Reports on military cantonments and civil stations in the Presidency of Bombay inspected by the Sanitary Commissioner in the years 1875 and 1876
Year: 1875
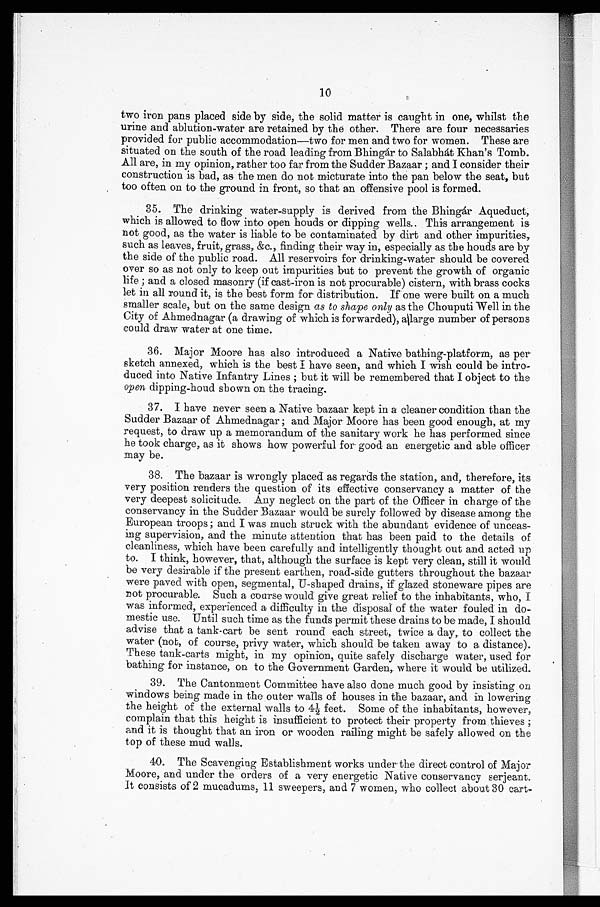
10
two iron pans placed side by side, the solid matter is caught in one, whilst the
urine and ablution-water are retained by the other. There are four necessaries
provided for public accommodation—two for men and two for women. These are
situated on the south of the road leading from Bhingar to Salabha Khan's Tomb.
All are, in my opinion, rather too far from the Sudder Bazaar ; and I consider their
construction is bad, as the men do not micturate into the pan below the seat, but
too often on to the ground in front, so that an offensive pool is formed.
35. The drinking water-supply is derived from the Bhingar Aqueduct,
which is allowed to flow into open houds or dipping wells.. This arrangement is
not good, as the water is liable to be contaminated by dirt and other impurities,
such as leaves, fruit, grass, &c., finding their way in, especially as the houds are by
the side of the public road. All reservoirs for drinking-water should be covered
over so as not only to keep out impurities but to prevent the growth of organic
life ; and a closed masonry (if cast-iron is not procurable) cistern, with brass cocks
let in all round it, is the best form for distribution. If' one were built on a much
smaller scale, but on the same design as to shape only as the Chouputi Well in the
City of Ahmednagar (a drawing of which is forwarded), allarge number of persons
could draw water at one time.
36. Major Moore has also introduced a Native bathing-platform, as per
sketch annexed, which is the best I have seen, and which I wish could be intro-
duced into Native Infantry Lines ; but it will be remembered that I object to the
open dipping-houd shown on the tracing.
37. I have never seen a Native bazaar kept in a cleaner condition than the
Sudder Bazaar of Ahmednagar ; and Major Moore has been good enough, at my
request, to draw up a memorandum of the sanitary work he has performed since
he took charge, as it shows how powerful for good an energetic and able officer
may be.
38. The bazaar is wrongly placed as regards the station, and, therefore, its
very position renders the question of its effective conservancy a matter of the
very deepest solicitude. Any neglect on the part of the Officer in charge of the
conservancy in the Sudder Bazaar would be surely followed by disease among the
European troops ; and I was much struck with the abundant evidence of unceas-
ing supervision, and the minute attention that has been paid to the details of
cleanliness, which have been carefully and intelligently thought out and acted up
to. I think, however, that, although the surface is kept very clean, still it would
be very desirable if the present earthen, road-side gutters throughout the bazaar
were paved with open, segmental, U-shaped drains, if glazed stoneware pipes are
not procurable. Such a course would give great relief to the inhabitants, who,
I
was informed, experienced a difficulty in the disposal of the water fouled in do-
mestic use. Until such time as the funds permit these drains to be made, I should
advise that a tank-cart be sent round each street, twice a day, to collect the
water (not, of course, privy water, which should be taken away to a distance).
These tank-carts might, in my opinion, quite safely discharge water, used for
bathing for instance, on to the Government Garden, where it would be utilized.
39. The Cantonment Committee have also done much good by insisting on
windows being made in the outer walls of houses in the bazaar, and in lowering
the height of the external walls to 4½ feet. Some of the inhabitants, however,
complain that this height is insufficient to protect their property from thieves ;
and it is thought that an iron or wooden railing might be safely allowed on the
top of these mud walls.
40. The Scavenging Establishment works under the direct control of Major
Moore, and under the orders of a very energetic Native conservancy serjeant.
I t c o n s i s t s o f 2 m u c a d u m s , 1 1 s w e e p e r s , a n d 7 w o m e n , w h o c o l l e c t a b o u t 3 0 c a r t -